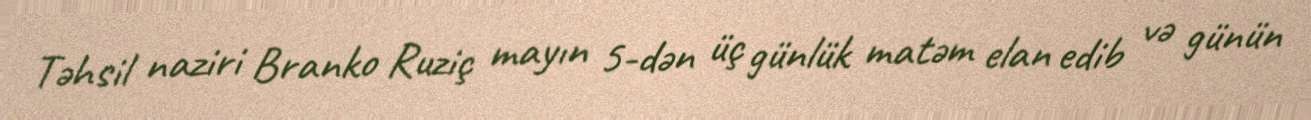
Təhsil naziri Branko Ruziç mayın 5-dən üç günlük matəm elan edib və günün